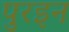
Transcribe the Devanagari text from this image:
पुरइन